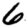
Digit: 6